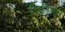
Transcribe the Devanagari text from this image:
विसर्जितकर